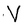
Character: V